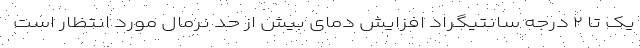
یک تا ۲ درجه سانتیگراد افزایش دمای بیش از حد نرمال مورد انتظار است